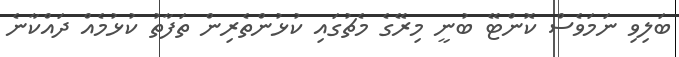
ބަލިވި ނަމަވެސް ކޮންޓޭ ބުނީ މިރޭގެ މެޗުގައި ކުޅުންތެރިން ތަފާތު ކުޅުމެއް ދައްކާނެ